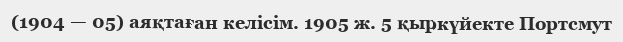
(1904 — 05) аяқтаған келісім. 1905 ж. 5 қыркүйекте Портсмут